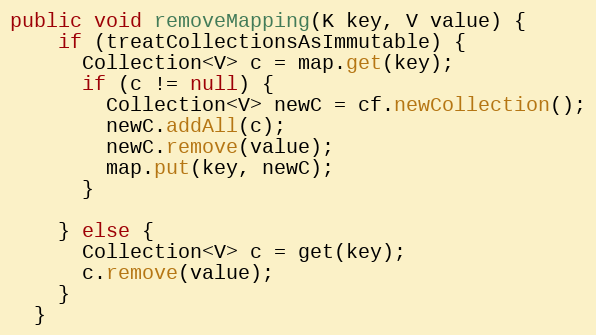
Language: Java
public void removeMapping(K key, V value) {
    if (treatCollectionsAsImmutable) {
      Collection<V> c = map.get(key);
      if (c != null) {
        Collection<V> newC = cf.newCollection();
        newC.addAll(c);
        newC.remove(value);
        map.put(key, newC);
      }

    } else {
      Collection<V> c = get(key);
      c.remove(value);
    }
  }